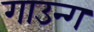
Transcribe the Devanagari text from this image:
गाउन्ग